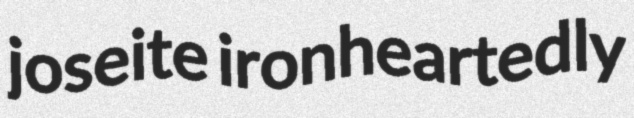
joseite ironheartedly